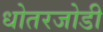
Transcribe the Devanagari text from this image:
धोतरजोडी